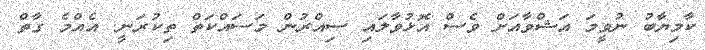
ކާމިޔާބު ނުވީމަ އަޝްވާއަށް ވެސް އޮޅުވާލައި ސިއްރުން މަސައްކަތް ތިކުރަނީ. އެއްމެ ގާތް